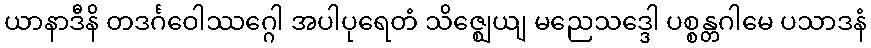
ယာနာဒီနိ တဒင်္ဂဝေါဿဂ္ဂေါ အပါပုရေတံ သိဇ္ဈေယျ မညေသဒ္ဒေါ ပစ္စန္တဂါမေ ပသာဒနံ